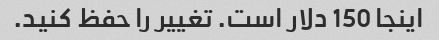
اینجا 150 دلار است. تغییر را حفظ کنید.